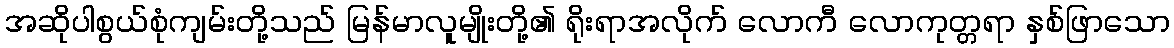
အဆိုပါစွယ်စုံကျမ်းတို့သည် မြန်မာလူမျိုးတို့၏ ရိုးရာအလိုက် လောကီ လောကုတ္တရာ နှစ်ဖြာသော